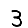
Digit: 3